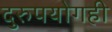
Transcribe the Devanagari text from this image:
दुरुपयोगही